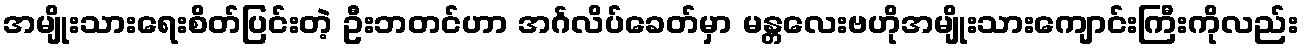
အမျိုးသားရေးစိတ်ပြင်းတဲ့ ဦးဘတင်ဟာ အင်္ဂလိပ်ခေတ်မှာ မန္တလေးဗဟိုအမျိုးသားကျောင်းကြီးကိုလည်း